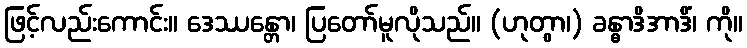
ဖြင့်လည်းကောင်း။ ဒေဿန္တော၊ ပြတော်မူလိုသည်။ (ဟုတွာ၊) ခန္ဓာဒိအာဒိံ၊ ကို။